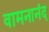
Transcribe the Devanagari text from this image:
वामनानंद